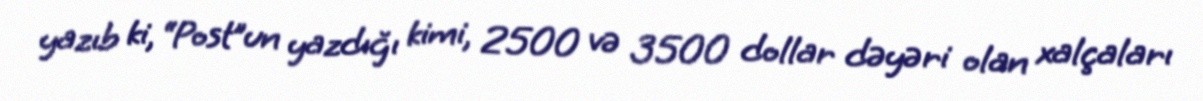
yazıb ki, “Post”un yazdığı kimi, 2500 və 3500 dollar dəyəri olan xalçaları